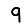
Digit: 9